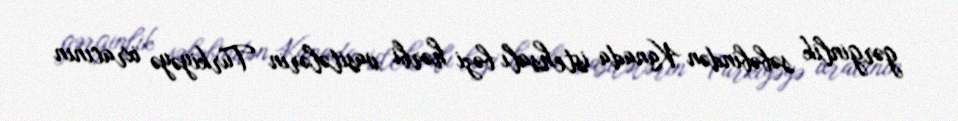
gərginlik səbəbindən Kanada istehsalı bəzi hərbi vasitələrin Türkiyəyə ixracının